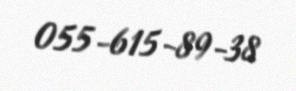
055-615-89-38